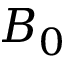
B _ { 0 }